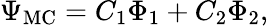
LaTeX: \Psi_{\mathrm{MC}}=C_{1}\Phi_{1}+C_{2}\Phi_{2},